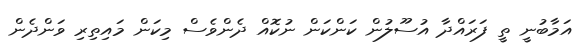
އަމާބުނީ ތީ ފަރައްދާ އުސޫލުން ކަންކަން ނުކޮއް ދެންވެސް މިކަން މައިތިރި ވަންދެން